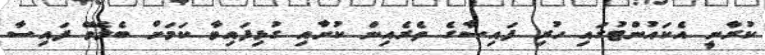
ކުރާނީ އެކައުންޓުގައި ހުރި ފައިސާގެ ތެރެއިން ކުށާއި ގުޅިފައިވާ ކަމަށް ބެލެވޭ ފައިސާ